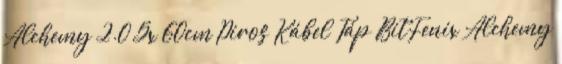
Alchemy 2.0 5x 60cm Piros Kábel Táp BitFenix Alchemy